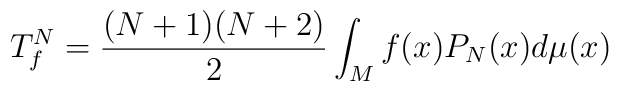
T^N_f=\frac{(N+1)(N+2)}{2} \int_{M} f(x) P_N(x) d\mu(x)